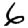
Digit: 6